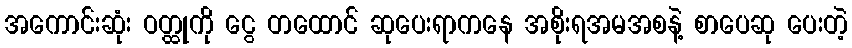
အကောင်းဆုံး ဝတ္ထုကို ငွေ တထောင် ဆုပေးရာကနေ အစိုးရအမအစနဲ့ စာပေဆု ပေးတဲ့